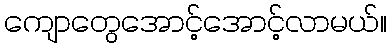
ကျောတွေအောင့်အောင့်လာမယ်။